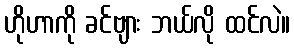
ဟိုဟာကို ခင်ဗျား ဘယ်လို ထင်လဲ။